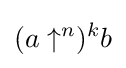
(a\uparrow ^{n})^{k}b